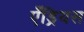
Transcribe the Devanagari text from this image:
एँड्रियस